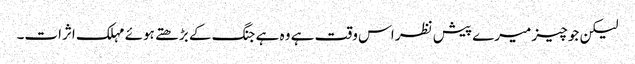
لیکن جو چیز میرے پیش نظر اس وقت ہے وہ ہے جنگ کے بڑھتے ہوئے مہلک اثرات۔